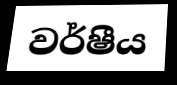
වර්ෂීය